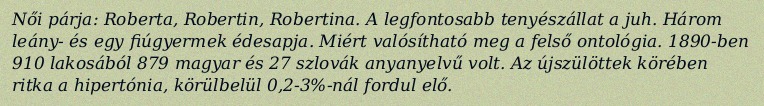
Női párja: Roberta, Robertin, Robertina. A legfontosabb tenyészállat a juh. Három leány- és egy fiúgyermek édesapja. Miért valósítható meg a felső ontológia. 1890-ben 910 lakosából 879 magyar és 27 szlovák anyanyelvű volt. Az újszülöttek körében ritka a hipertónia, körülbelül 0,2-3%-nál fordul elő.